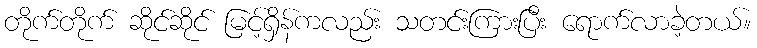
တိုက်တိုက် ဆိုင်ဆိုင် မြင့်ရှိန်ကလည်း သတင်းကြားပြီး ရောက်လာခဲ့တယ်။